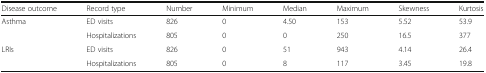
| Disease outcome | Record type | Number | Minimum | Median | Maximum | Skewness | Kurtosis |
 | --- | --- | --- | --- | --- | --- | --- | --- |
 | <ROWSPAN=2> Asthma | ED visits | 826 | 0 | 4.50 | 153 | 5.52 | 53.9 |
 | Hospitalizations | 805 | 0 | 0 | 250 | 16.5 | 377 |
 | <ROWSPAN=2> LRIs | ED visits | 826 | 0 | 51 | 943 | 4.14 | 26.4 |
 | Hospitalizations | 805 | 0 | 8 | 117 | 3.45 | 19.8 |